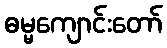
ဓမ္မကျောင်းတော်